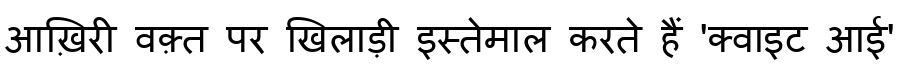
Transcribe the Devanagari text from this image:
आख़िरी वक़्त पर खिलाड़ी इस्तेमाल करते हैं 'क्वाइट आई'